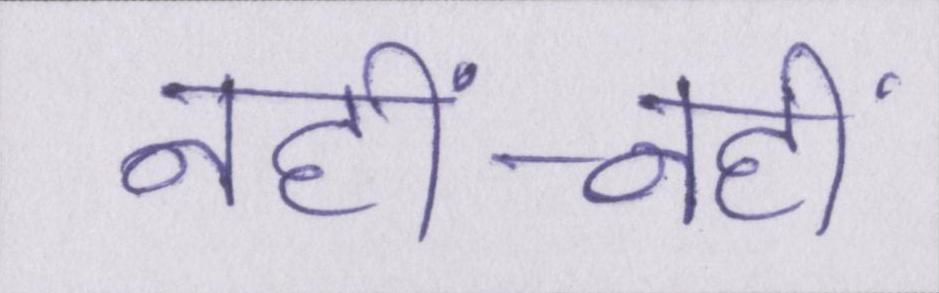
नहीं-नहीं